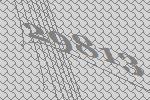
29813